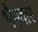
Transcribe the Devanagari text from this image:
भैनवार